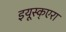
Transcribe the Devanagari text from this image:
इयूस्क्एरा